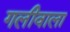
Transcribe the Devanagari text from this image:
गलीवाला